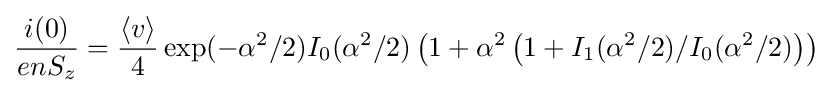
{\frac {i(0)}{enS_{z}}}={\frac {\langle v\rangle }{4}}\exp(-\alpha ^{2}/2)I_{0}(\alpha ^{2}/2)\left(1+\alpha ^{2}\left(1+I_{1}(\alpha ^{2}/2)/I_{0}(\alpha ^{2}/2)\right)\right)